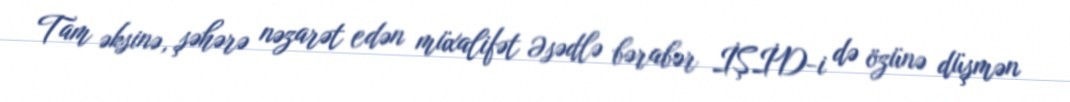
Tam əksinə, şəhərə nəzarət edən müxalifət Əsədlə bərabər İŞİD-i də özünə düşmən